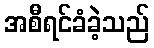
အစီရင်ခံခဲ့သည်